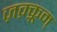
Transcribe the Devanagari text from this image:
ज़क़्क़ूम्